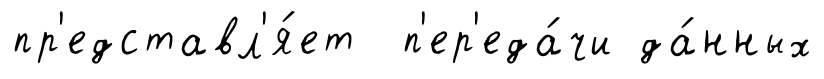
пр'едставл'я́ет п'ер'еда́чи да́нных